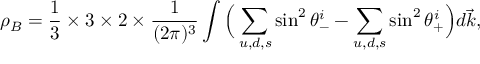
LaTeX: \rho _ { B } = \frac { 1 } { 3 } \times 3 \times 2 \times \frac { 1 } { ( 2 \pi ) ^ { 3 } } \int \Big ( \sum _ { u , d , s } \sin ^ { 2 } \theta _ { - } ^ { i } - \sum _ { u , d , s } \sin ^ { 2 } \theta _ { + } ^ { i } \Big ) d \vec { k } ,